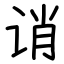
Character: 诮